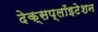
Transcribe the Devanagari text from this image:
देक्सप्लॉइटेशन